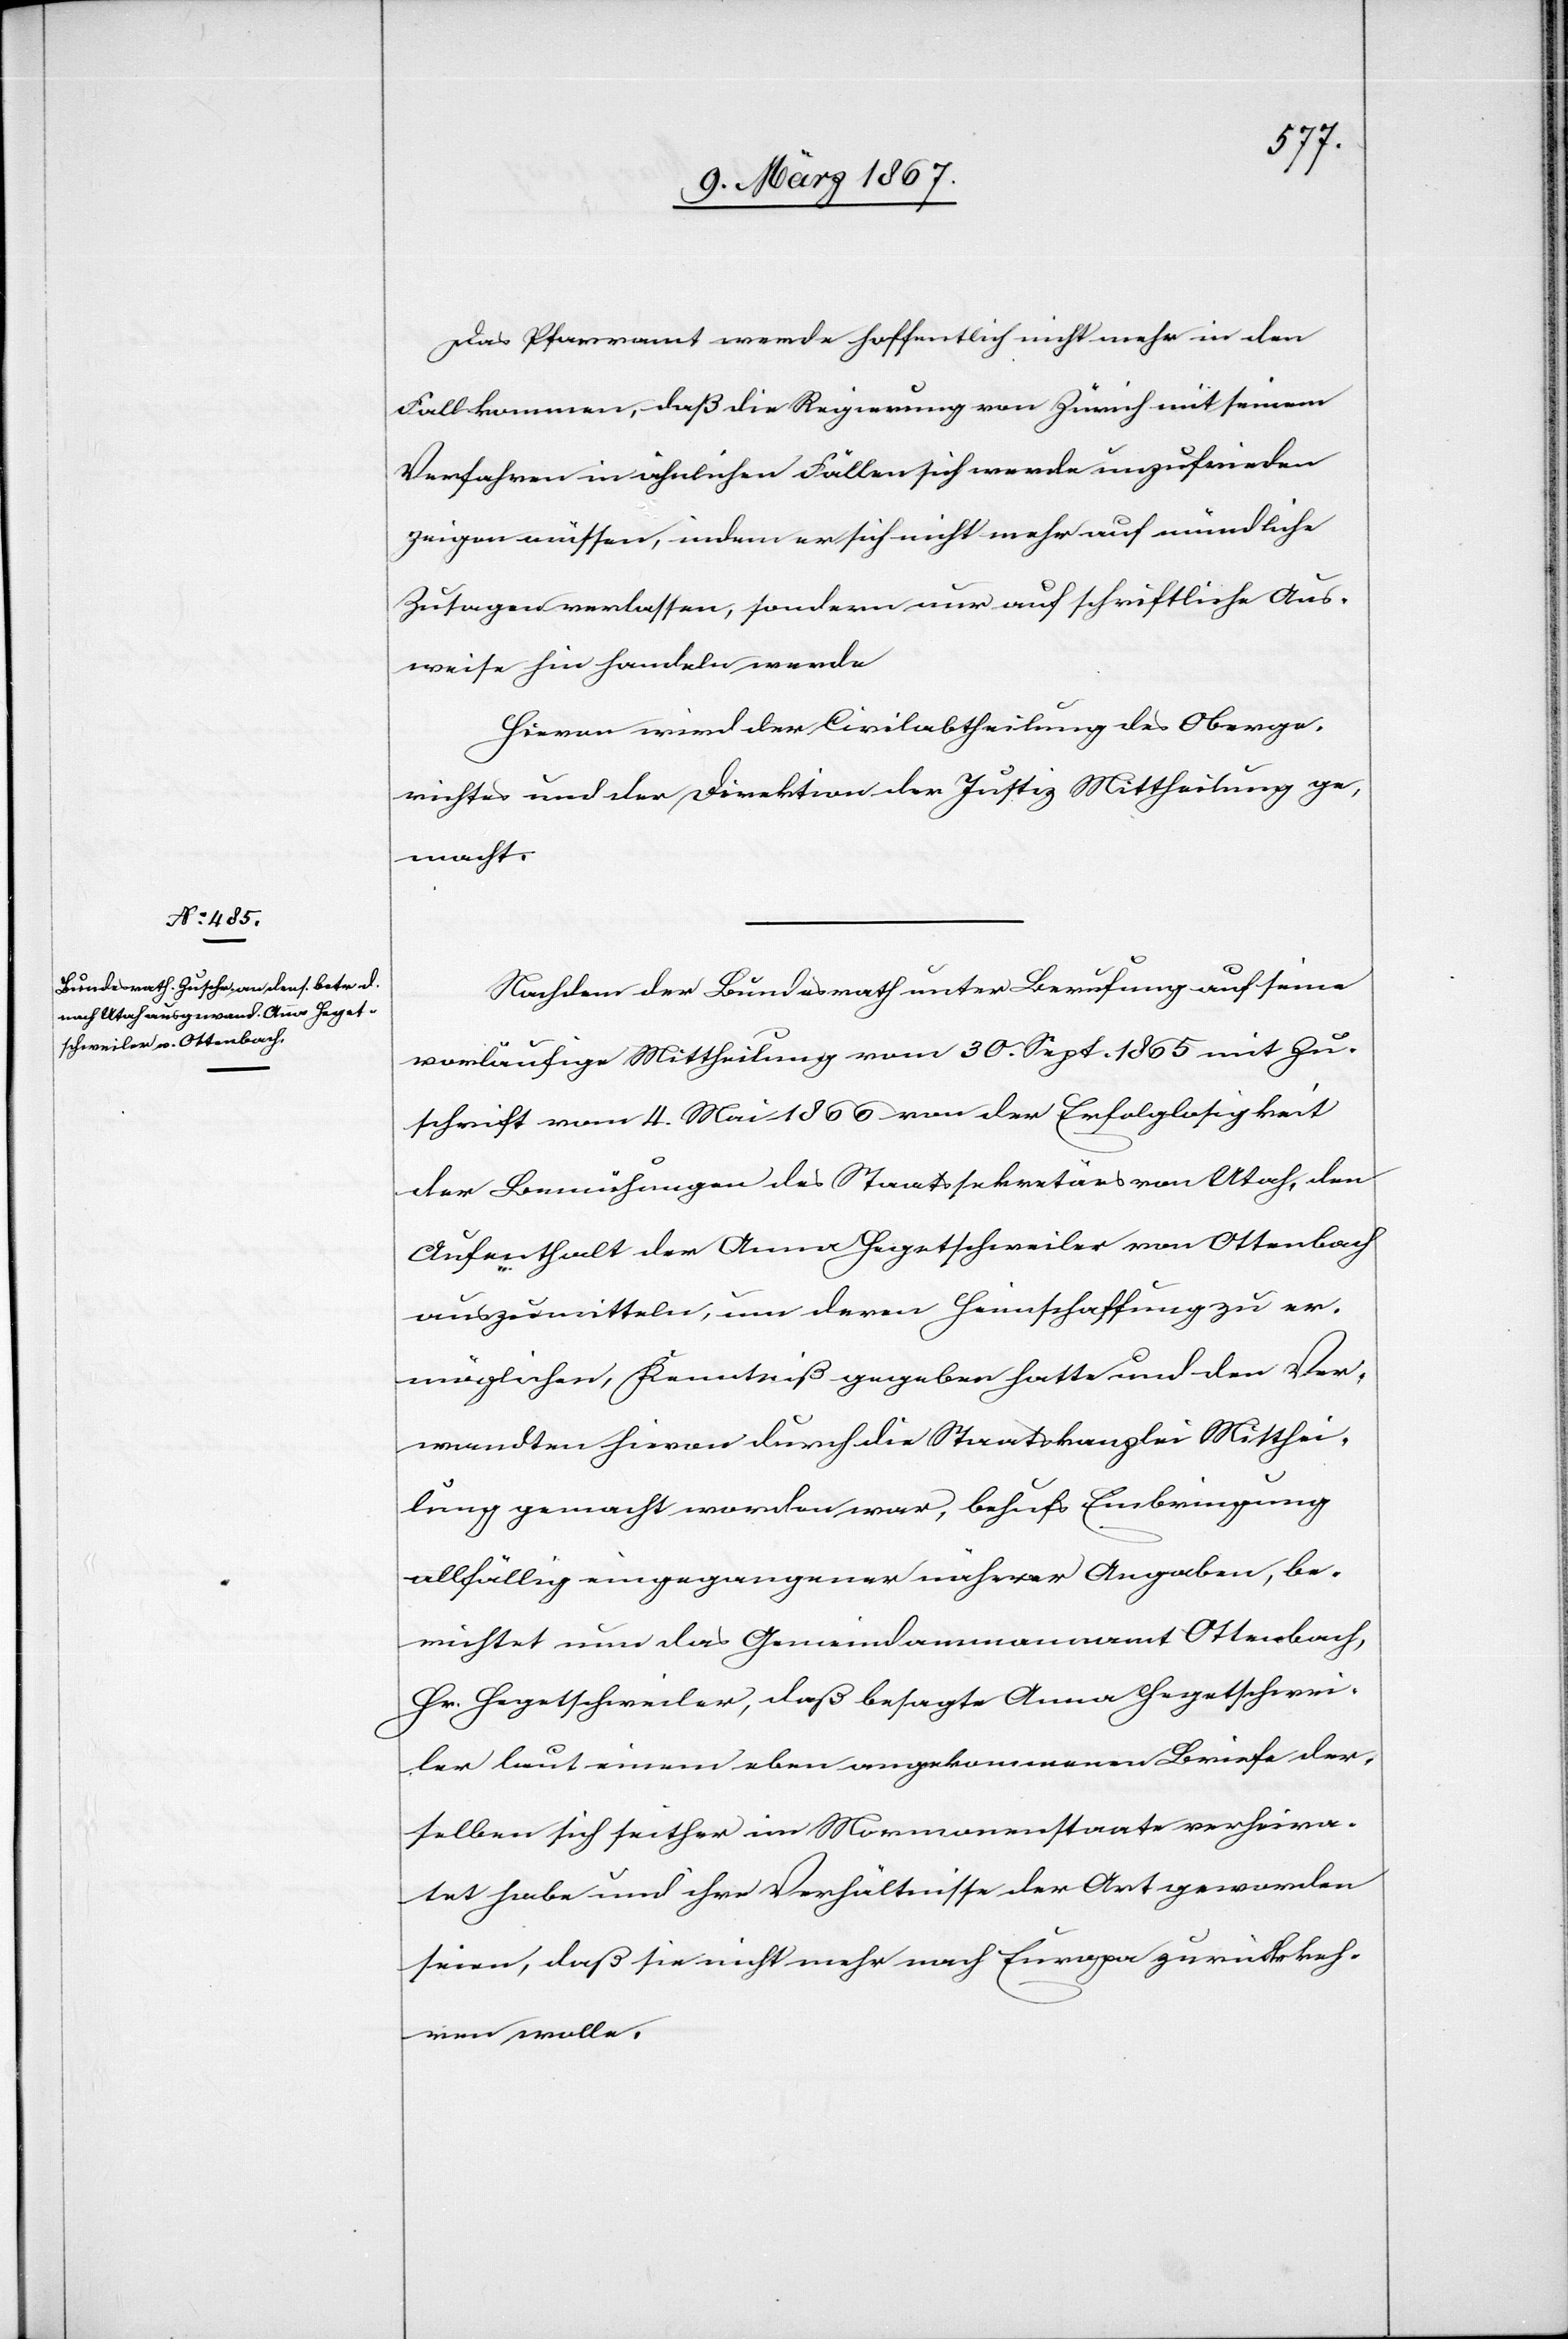
11. März 1867.]
Das Pfarramt werde hoffentlich nicht mehr in den
Fall kommen, daß die Regierung von Zürich mit seinem
Verfahren in ähnlichen Fällen sich werde unzufrieden
zeigen müssen, indem er sich nicht mehr auf mündliche
Zusagen verlassen, sondern nur auf schriftliche Aus¬
weise hin handeln werde
Hievon wird der Civilabtheilung des Oberge¬
richtes und der Direktion der Justiz Mittheilung ge¬
macht.
Nachdem der Bundesrath unter Berufung auf seine
vorläufige Mittheilung vom 30. Sept. 1865 mit Zu¬
schrift vom 4. Mai 1866 von der Erfolglosigkeit
der Bemühungen des Staatssekretärs von Utah, den
Aufenthalt der Anna Hegetschweiler von Ottenbach
auszumitteln, um deren Heimschaffung zu er¬
möglichen, Kenntniß gegeben hatte und den Ver¬
wandten hievon durch die Staatskanzlei Mitthei¬
lung gemacht worden war, behufs Einbringung
allfällig eingegangener näherer Angaben, be¬
richtet nun das Gemeindammannamt Ottenbach,
Hr. Hegetschweiler, daß besagte Anna Hegetschwei¬
ler laut einem eben angekommenen Briefe der¬
selben sich seither im Mormonenstaate verheira¬
tet habe und ihre Verhältnisse der Art geworden
seien, daß sie nicht mehr nach Europa zurückkeh¬
ren wolle.